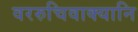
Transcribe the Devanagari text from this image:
वररुचिवाक्यानि